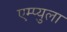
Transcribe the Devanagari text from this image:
एम्प्युला